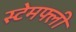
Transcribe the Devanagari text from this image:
स्टेमफ्ली